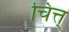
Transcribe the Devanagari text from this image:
चित्त्